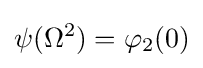
\psi (\Omega ^{2})=\varphi _{2}(0)